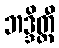
ဘဒ္ဒိတ္ထီ